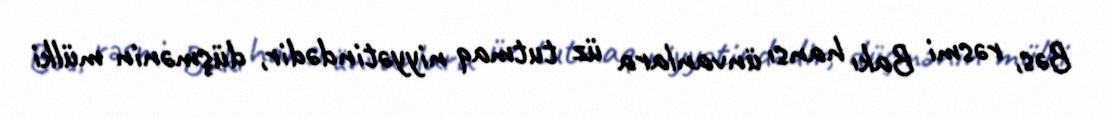
Bəs, rəsmi Bakı hansı ünvanlara üz tutmaq niyyətindədir, düşmənin mülki